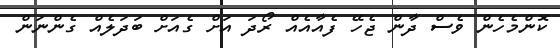
ކޮންމެހެން ވެސް ދާން ޖެހޭ ފެއާއެއް ރޯދަ އަށް ގެއަށް ބަދަލެއް ގެންނަން